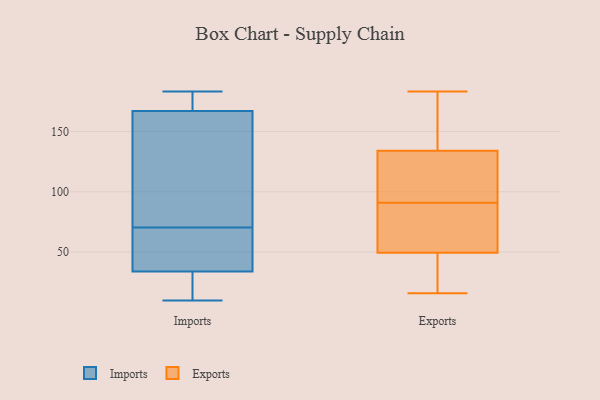
{"axis": {"x": "Active Users", "y": "Value"}, "legend": ["Exports", "Imports"], "data": [{"x": "", "y": 24, "type": "Imports"}, {"x": "", "y": 114, "type": "Imports"}, {"x": "", "y": 10, "type": "Imports"}, {"x": "", "y": 183, "type": "Imports"}, {"x": "", "y": 167, "type": "Imports"}, {"x": "", "y": 52, "type": "Imports"}, {"x": "", "y": 89, "type": "Imports"}, {"x": "", "y": 168, "type": "Imports"}, {"x": "", "y": 50, "type": "Imports"}, {"x": "", "y": 34, "type": "Imports"}, {"x": "", "y": 54, "type": "Exports"}, {"x": "", "y": 156, "type": "Exports"}, {"x": "", "y": 48, "type": "Exports"}, {"x": "", "y": 36, "type": "Exports"}, {"x": "", "y": 91, "type": "Exports"}, {"x": "", "y": 95, "type": "Exports"}, {"x": "", "y": 183, "type": "Exports"}, {"x": "", "y": 78, "type": "Exports"}, {"x": "", "y": 135, "type": "Exports"}, {"x": "", "y": 16, "type": "Exports"}, {"x": "", "y": 131, "type": "Exports"}]}